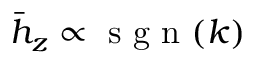
\bar { h } _ { z } \propto \textrm { s g n } ( k )